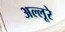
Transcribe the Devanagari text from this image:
अल्लूरे